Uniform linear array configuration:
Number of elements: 64
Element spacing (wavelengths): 0.5
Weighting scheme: hamming
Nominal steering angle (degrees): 60
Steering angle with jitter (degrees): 60.992
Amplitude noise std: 0.05
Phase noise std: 0.05

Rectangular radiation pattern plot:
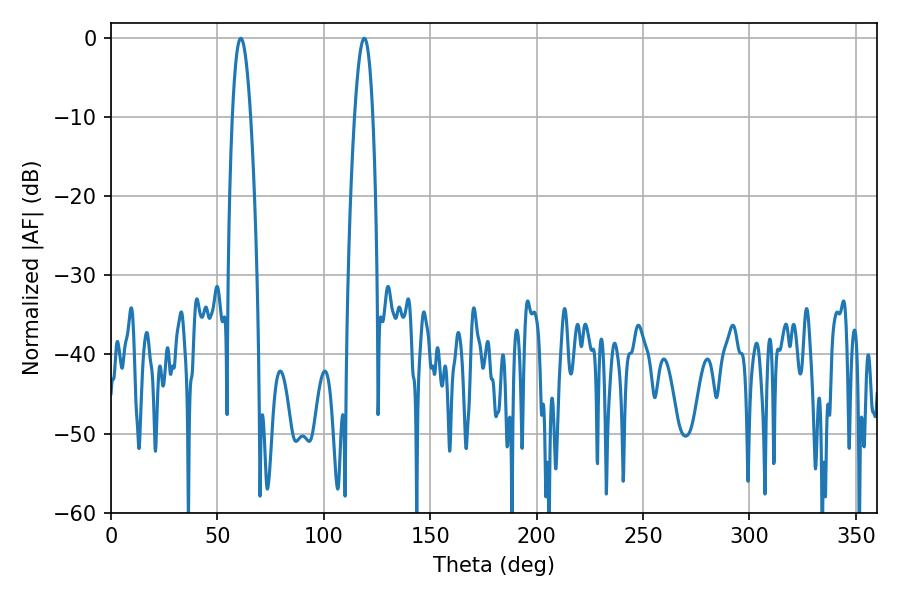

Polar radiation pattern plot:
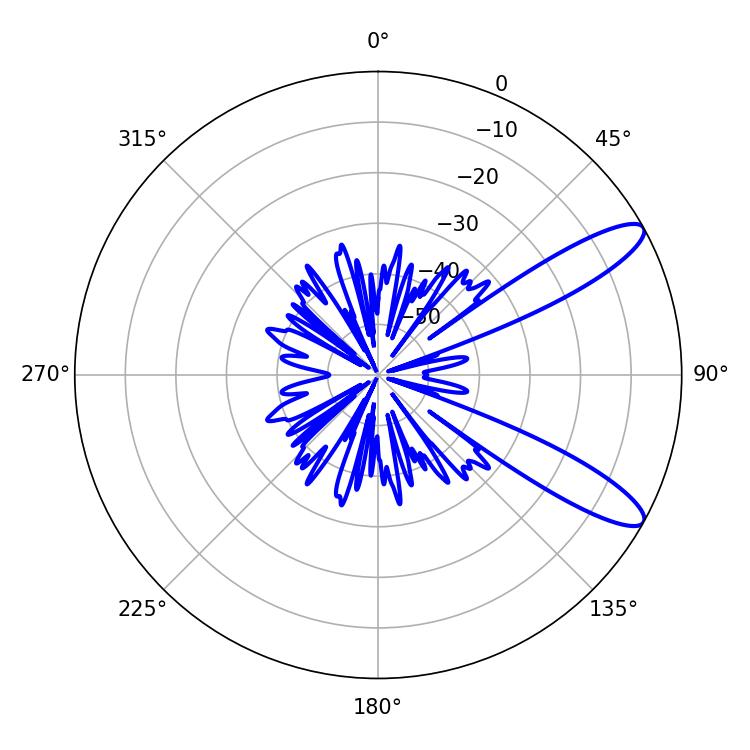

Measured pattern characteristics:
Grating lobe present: FALSE
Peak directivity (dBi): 11.068
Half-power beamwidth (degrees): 4.68
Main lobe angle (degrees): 61.02